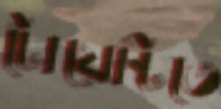
টোয়েন্টিতে